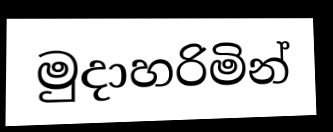
මුදාහරිමින්